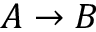
A \rightarrow B